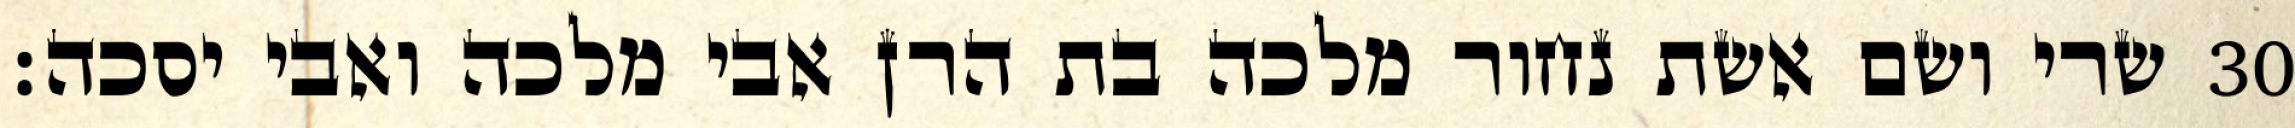
שרי ושם אשת נחור מלכה בת הרן אבי מלכה ואבי יסכה׃ ‎30‏